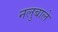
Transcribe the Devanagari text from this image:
नलुबाले